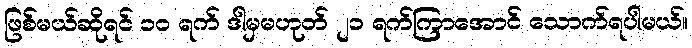
ဖြစ်မယ်ဆိုရင် ၁၀ ရက် ဒါမှမဟုတ် ၂၁ ရက်ကြာအောင် သောက်ရပါမယ်။